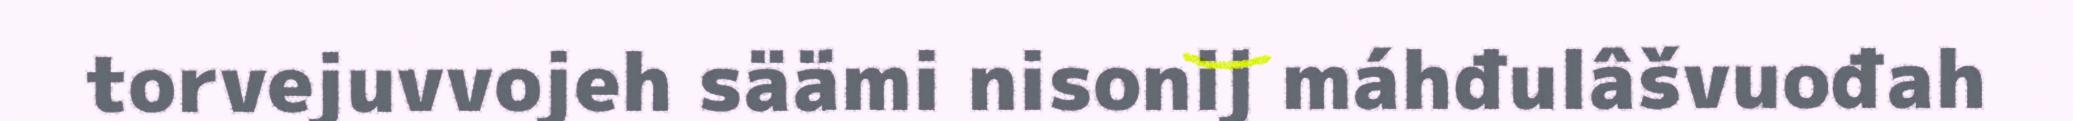
torvejuvvojeh säämi nisonij máhđulâšvuođah